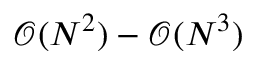
\mathcal { O } ( N ^ { 2 } ) - \mathcal { O } ( N ^ { 3 } )